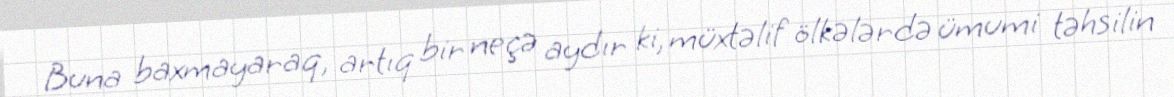
Buna baxmayaraq, artıq bir neçə aydır ki, müxtəlif ölkələrdə ümumi təhsilin